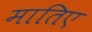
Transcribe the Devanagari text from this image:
मातिए